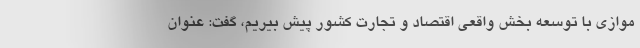
موازی با توسعه بخش واقعی اقتصاد و تجارت کشور پیش بیریم، گفت: عنوان